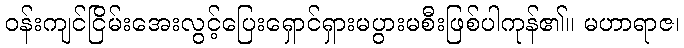
ဝန်းကျင်ငြိမ်းအေးလွင့်ပြေးရှောင်ရှားမပွားမစီးဖြစ်ပါကုန်၏။ မဟာရာဇ၊